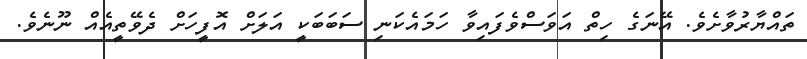
ތައްޔާރުވާށެވެ. އޭނަގެ ހިތް އަވަސްވެފައިވާ ހަމައެކަނި ސަބަބަކީ އަލަށް އޮފީހަށް ދެވޭތީއެއް ނޫނެވެ.